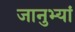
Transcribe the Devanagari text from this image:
जानुभ्यां